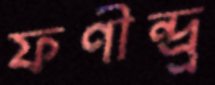
ফণীন্দ্র্র